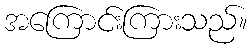
အကြောင်းကြားသည်။